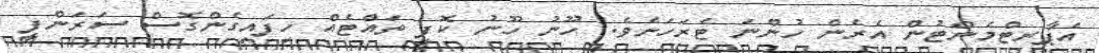
އެޕާރޓްމެންޓުން އެރެން ހުންނަ ޓެރަހަށެވެ. ހޫނު ހޫނު ކޮފީ ތައްޓެއް ހިފައިގެންގޮސް ސަރަންފީ